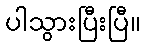
ပါသွားပြီးပြီ။